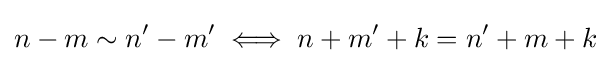
n-m\sim n'-m'\iff n+m'+k=n'+m+k